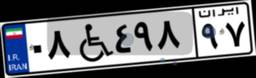
۰۱W۹۳۳۵۳